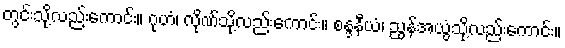
တွင်းသို့လည်းကောင်း။ ဂုဟံ၊ လိုဏ်သို့လည်းကောင်း။ စန္ဒနီယံ၊ ညွန်အယွံသို့လည်းကောင်း။